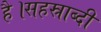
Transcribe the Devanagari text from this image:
है।सहस्राब्दी